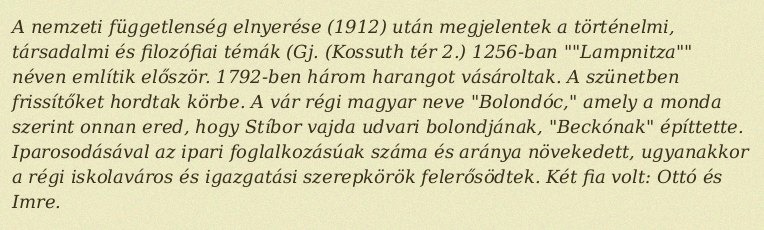
A nemzeti függetlenség elnyerése (1912) után megjelentek a történelmi, társadalmi és filozófiai témák (Gj. (Kossuth tér 2.) 1256-ban ""Lampnitza"" néven említik először. 1792-ben három harangot vásároltak. A szünetben frissítőket hordtak körbe. A vár régi magyar neve "Bolondóc," amely a monda szerint onnan ered, hogy Stíbor vajda udvari bolondjának, "Beckónak" építtette. I­pa­rosodásával az ipari foglalkozásúak száma és aránya nö­vekedett, ugyanakkor a régi iskolaváros és igazgatási sze­repkörök felerősödtek. Két fia volt: Ottó és Imre.